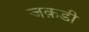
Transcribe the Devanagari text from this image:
जक़डी